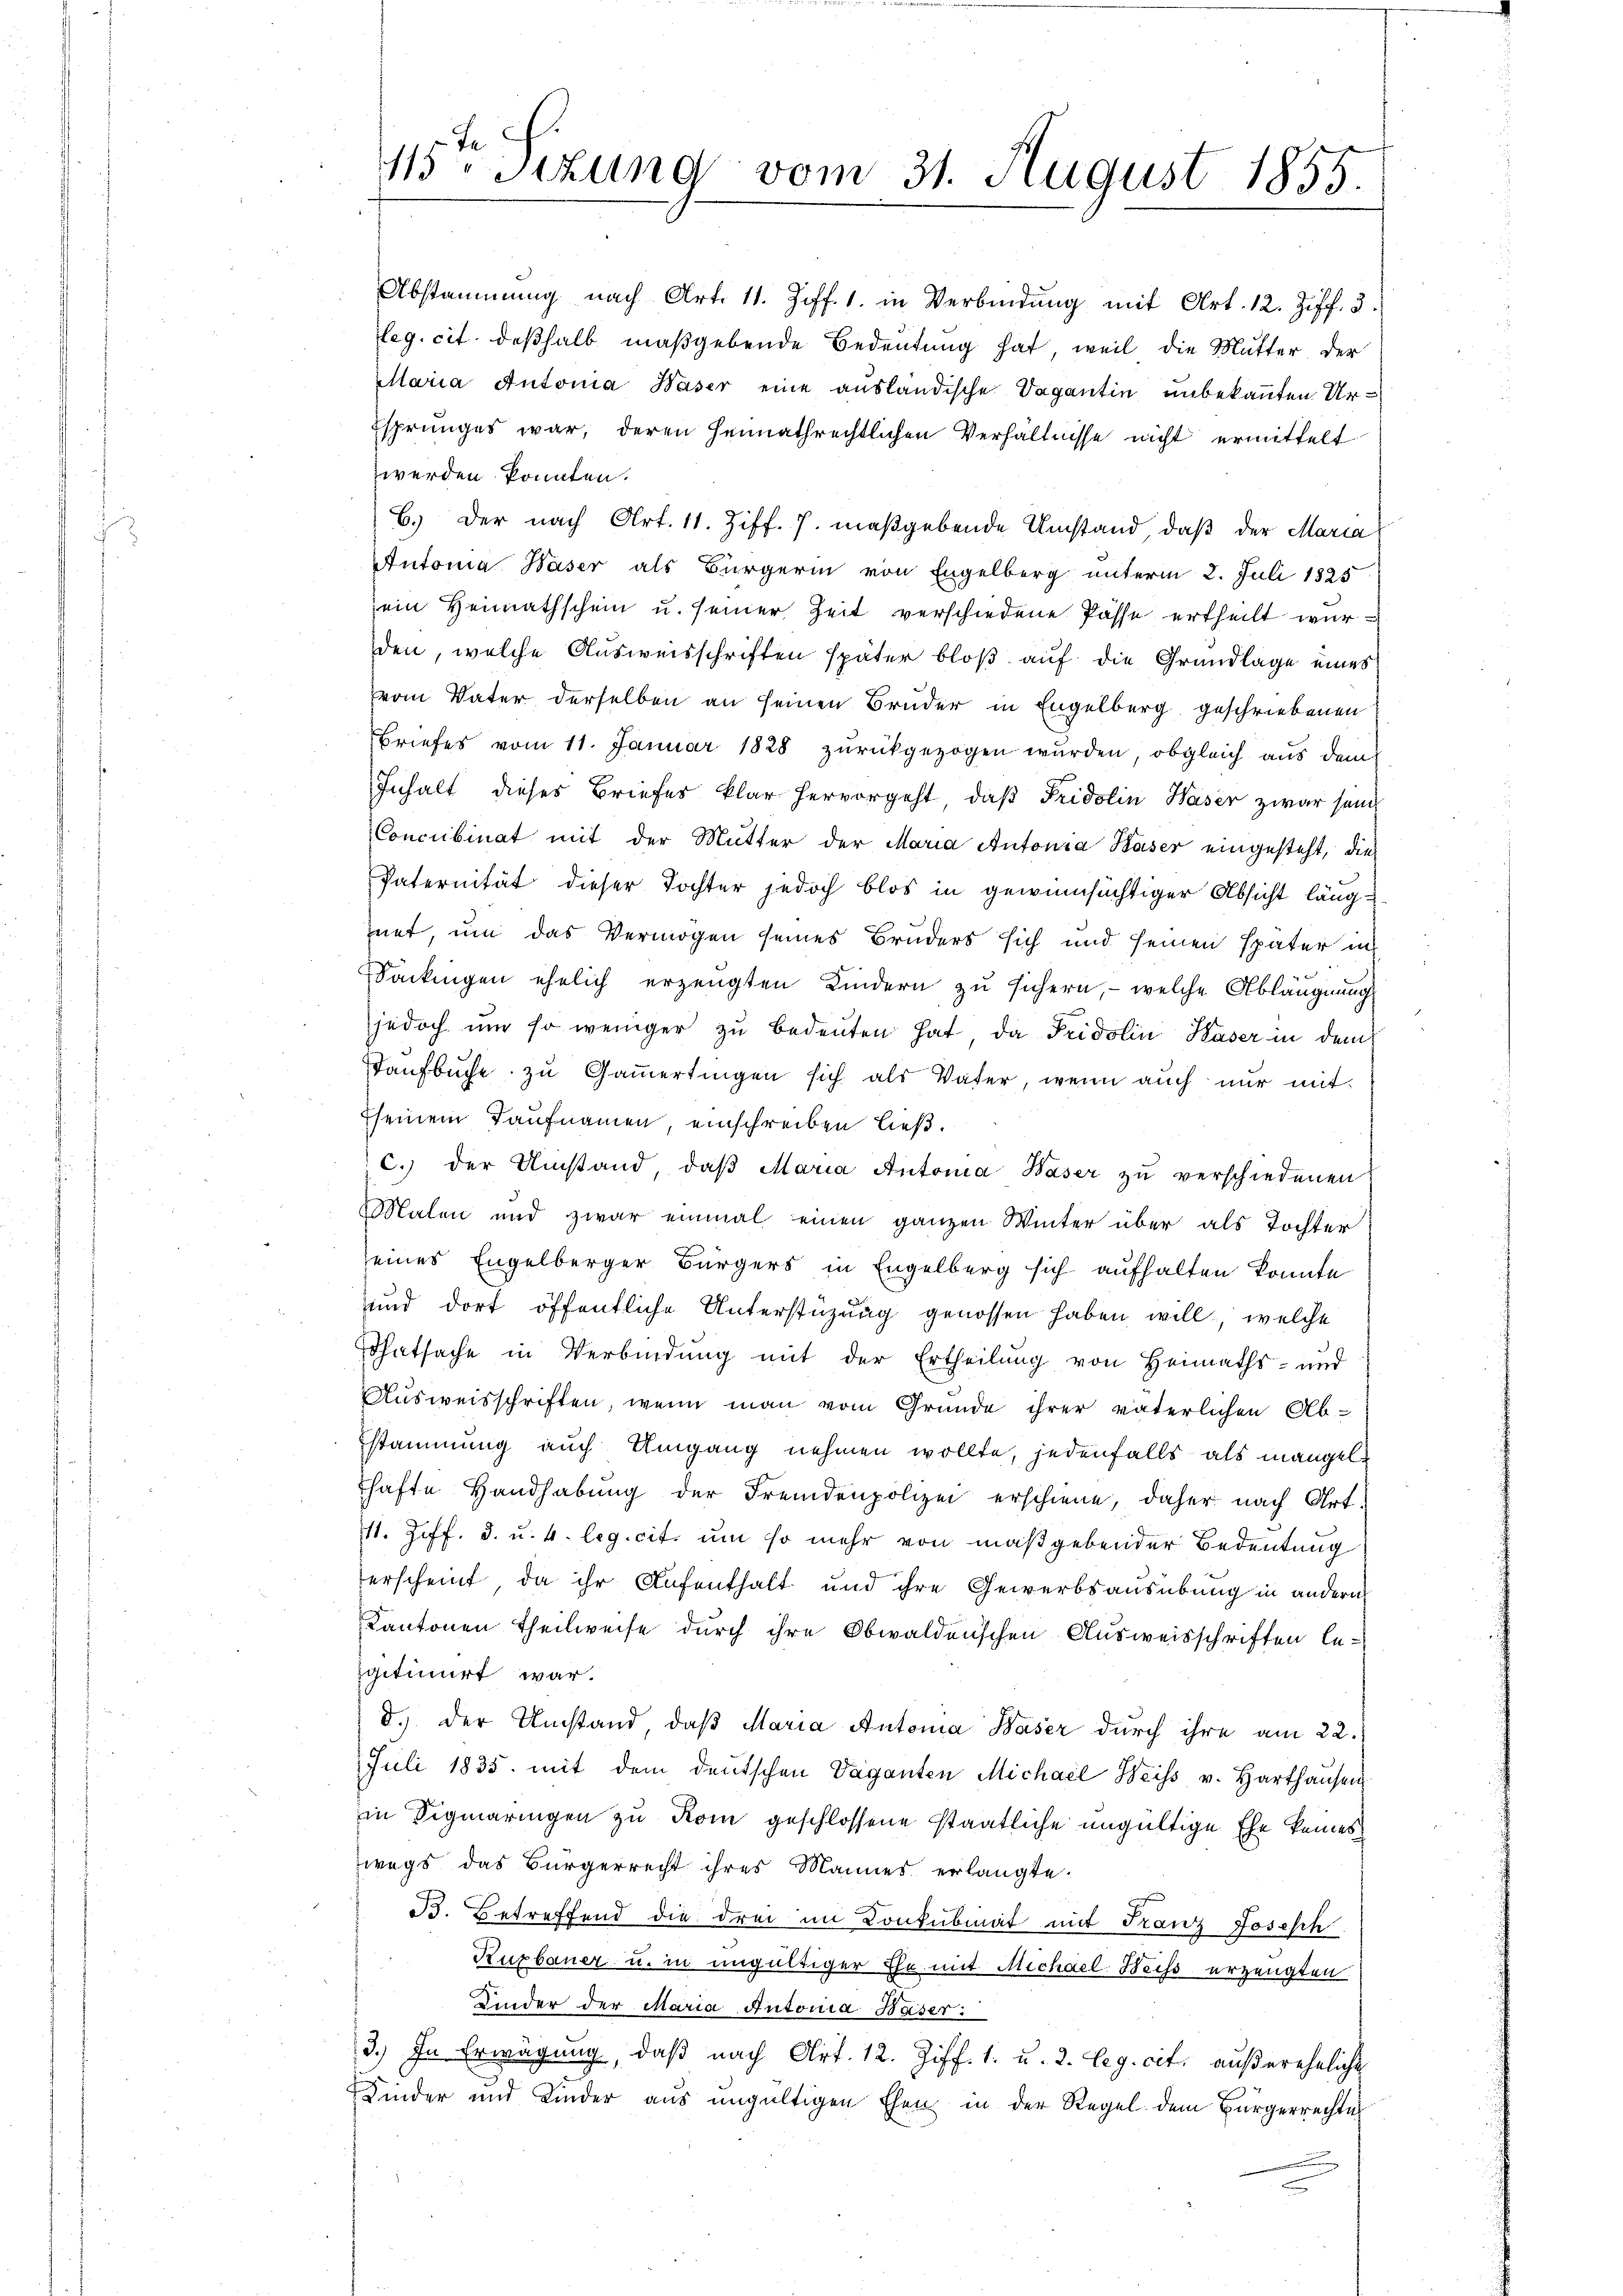
Abstammung nach Art. 11. Ziff. 1. in Verbindŭng mit Art. 12. Ziff. 3.
leg. cit. deßhalb maßgebende Bedeutung hat, weil die Mutter der
Maria Autoria Waser eine ausländische Vagantin unbekannten Ur¬
Esprunges war, deren heimathrechtlichen Verhältnisse nicht ermittelt
werden konnten.
b.) Der nach Art. 11. Ziff. 7. maßgebende Umstand, daß der Maria
Automa Waser als Bürgerin von Engelberg unterm 2. Juli 1825
sein Heimathschein u. seiner Zeit verschiedene Pässe ertheilt wurden, welche Ausweisschriften später bloß auf die Grundlage eines
vom Vater derselben an seinen Bruder in Engelberg geschriebenen
Briefes vom 11. Januar 1828 zŭrückgezogen wurden, obgleich aus dem
Inhalt dieses Briefes klar hervorgeht, daβ Fridolin Waser zwar sein
Concubinat mit der Mutter der Maria Antonia Käser eingesteht, die
Paternität dieser Tochter jedoch blos in gewinnsüchtiger Absicht läng
hnet, um das Vermögen seines Bruders sich und seinen später in
Sackingen ehelich erzeugten Kindern zu sichern, – welche Abläugnung
jedoch um so weniger zu bedeuten hat, da Fridolin Waser in dem
Kaufbuche zu Gammertingen sich als Vater, wenn auch nur mit
seinem Taufnamen, einschreiben ließ.
c. der Umstand, daβ Maria Antonia Baser zu verschiedenen
Malen und zwar einmal einen ganzen Winter über als Tochter
seines Engelberger Bürgers in Engelberg sich aufhalten konnte
und dort öffentliche Unterstüzung genossen haben will, welche
Thatsache in Verbindung mit der Ertheilung von Heimaths- und
Ausweisschriften, wenn man vom Grunde ihrer väterlichen Abstammung auch Umgang nehmen wollte, jedenfalls als mangelshafte Handhabung der Fremdenpolizei erschiene, daher nach Art.
711. Ziff. 3. u. 4. leg. cit. um so mehr von maßgebender Bedeutung
erscheint, da ihr Aufenthalt und ihre Gewerbsausübung in andern
Kantonen Theilweise durch ihre Obwaldenschen Ausweisschriften le-
igitimirt war.
d.) Der Umstand, daß Maria Automa Waser durch ihre am 22.
Juli 1835. mit dem deŭtschen Vaganten Michael Weiss v. Harthaŭsen
in Sigmaringen zu Rom geschlossene staatliche ungültige Ehe keines
wegs das Bürgerrecht ihres Mannes erlangte.
B. Betreffend die drei im Konkubinat mit Franz Joseph
Ruzbauer u. in ungültiger Ehe mit Michael Beiss erzeugten
Kinder der Maria Autoria Baser:
3.) In Erwägung, daβ nach Art. 12. Ziff. 1. u. 2. Leg. cit. außereheliche
Kinder und Kinder aus ungültigen Ehen in der Regel dem Bürgerrechte

Fe
13 sizung vom 31. August 1855.